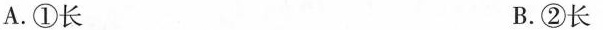
A.①长 B.②长